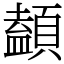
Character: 䫦